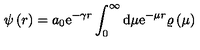
\psi \left( r \right) = a _ { 0 } \mathrm { e } ^ { - \gamma r } \int _ { 0 } ^ { \infty } \mathrm { d } \mu \mathrm { e } ^ { - \mu r } \varrho \left( \mu \right)